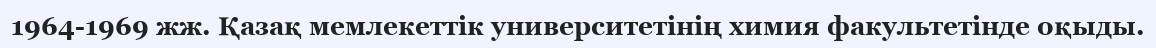
1964-1969 жж. Қазақ мемлекеттік университетінің химия факультетінде оқыды.